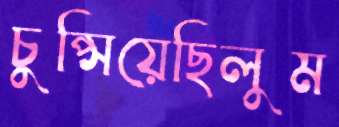
চুপ্‌সিয়েছিলুম